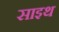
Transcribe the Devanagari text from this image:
साइथ